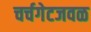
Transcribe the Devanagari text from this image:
चर्चगेटजवळ